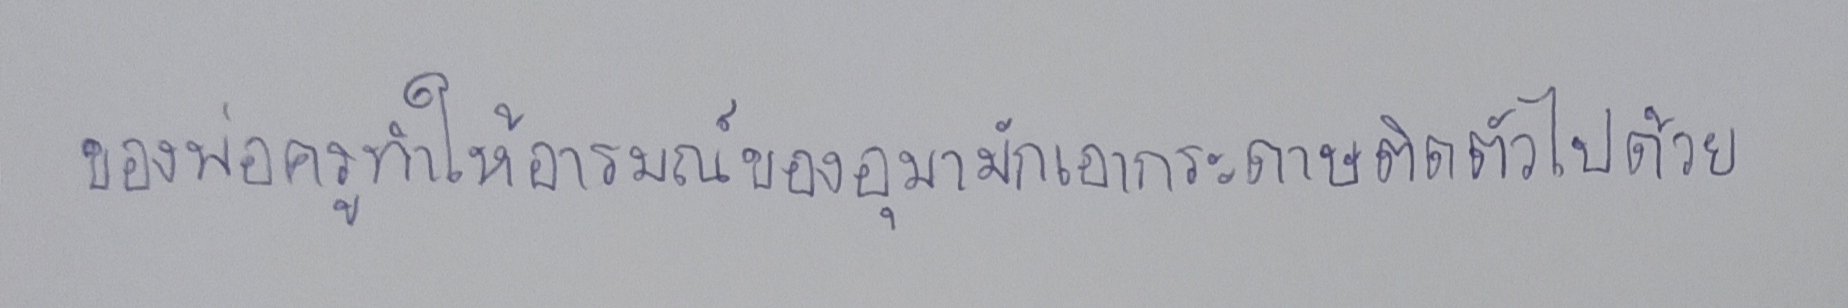
ของพ่อครูทำให้อารมณ์ของอุมามักเอากระดาษติดตัวไปด้วย